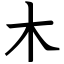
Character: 木